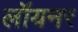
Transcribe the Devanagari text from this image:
लॉयनर